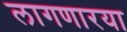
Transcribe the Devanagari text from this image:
लागणारया